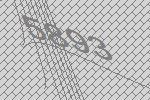
5893